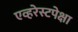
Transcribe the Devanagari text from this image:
एव्हरेस्टपेक्षा